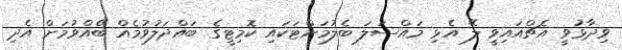
ވިދާޅުވީ އެޗްއައިވީ ލޭ އެޅި މައްސަލަ ބެލުމަށްޓަކައި ކޮމިޓީގެ ބައްދަލުވުމެއް ބޭއްވުމަށް އެދި